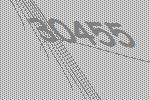
30455